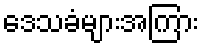
ဒေသခံများအကြား